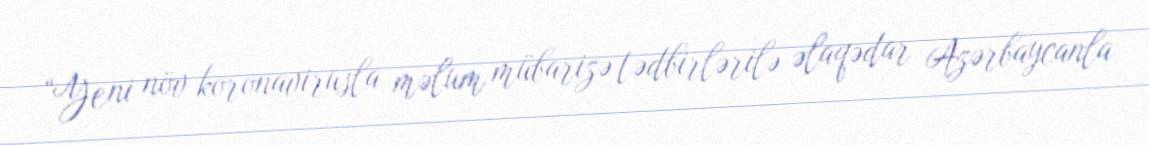
“Yeni növ koronavirusla məlum mübarizə tədbirlərilə əlaqədar Azərbaycanla